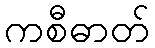
ကစီဓာတ်